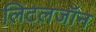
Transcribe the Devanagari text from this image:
लिटलजॉन